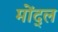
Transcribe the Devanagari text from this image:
मोंद्ल